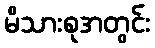
မိသားစုအတွင်း